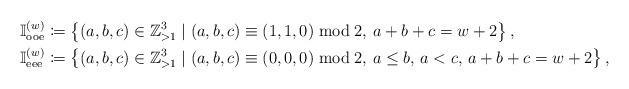
LaTeX: \begin{align*}\mathbb{I}_{\mathrm{ooe}}^{(w)} & \coloneqq\left\{ (a,b,c)\in\mathbb{Z}_{>1}^{3}\mid(a,b,c)\equiv(1,1,0)\bmod{2},\,a+b+c=w+2\right\} ,\\\mathbb{I}_{\mathrm{eee}}^{(w)} & \coloneqq\left\{ (a,b,c)\in\mathbb{Z}_{>1}^{3}\mid(a,b,c)\equiv(0,0,0)\bmod{2},\,a\leq b,\,a<c,\,a+b+c=w+2\right\} ,\end{align*}